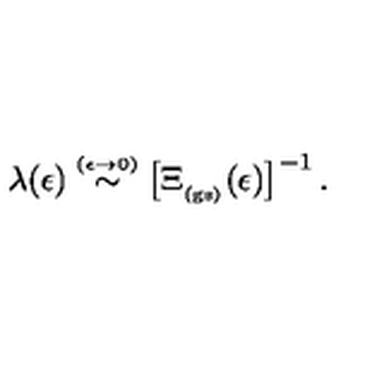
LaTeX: \lambda ( \epsilon ) \stackrel { \scriptscriptstyle ( \epsilon \rightarrow 0 ) } { \sim } \left[ \Xi _ { _ \mathrm { ( g s ) } } ( \epsilon ) \right] ^ { - 1 } .